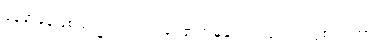
နေရာမှန်ဖြစ်သည် ဘုရားသခင်၏အမှုနှင့်ပတ်သက်၍ ဖွဲစည်းကာ